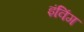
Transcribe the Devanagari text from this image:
इंविंग